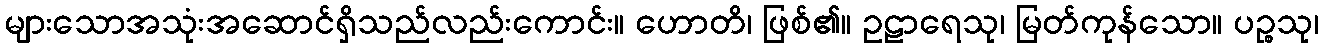
များသောအသုံးအဆောင်ရှိသည်လည်းကောင်း။ ဟောတိ၊ ဖြစ်၏။ ဥဠာရေသု၊ မြတ်ကုန်သော။ ပဉ္စသု၊